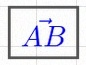
\vec{AB}